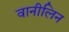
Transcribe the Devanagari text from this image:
वानीलिन